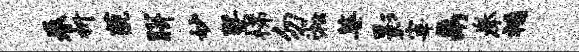
眷折藐胼妙暨梯勿淞婆影宰鬲拳福